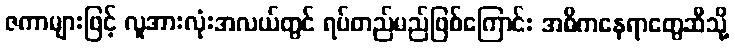
ဇကာများဖြင့် လူအားလုံးအလယ်တွင် ရပ်တည်မည်ဖြစ်ကြောင်း အဓိကနေရာတွေဆီသို့